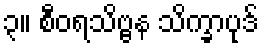
၃။ စီဝရသိဗ္ဗန သိက္ခာပုဒ်